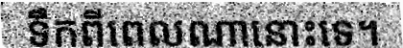
ទឹកពីពេលណានោះទេ។